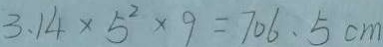
3 . 1 4 \times 5 ^ { 2 } \times 9 = 7 0 6 . 5 c m